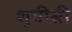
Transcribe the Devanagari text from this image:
शुचीसी